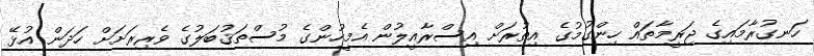
ހަނގުރާމައިގެ ޖަރީމާތައް ހިންގުމުގެ އިތުރަށް އިސްރާއީލުން އެމީހުންގެ މުސްތަޤުބަލުގެ ވެރިރަށަށް ހަދަން އުޅޭ